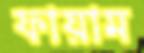
ফায়াম